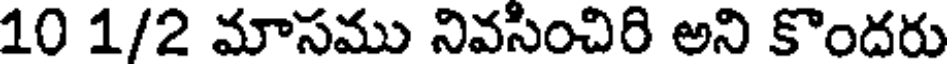
10 1/2 మాసము నివసించిరి అని కొందరు